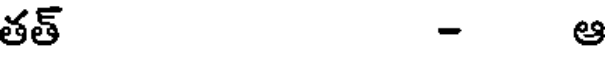
తత్ - ఆ